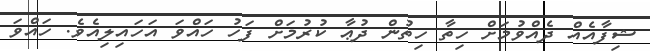
ޝިފާއެއް ދެއްވުމަށް ހިތާ ހިތުން ދުޢާ ކުރުމަށް ފަހު ހައްވަ އަހައިލިއެވެ. ހައްވަ